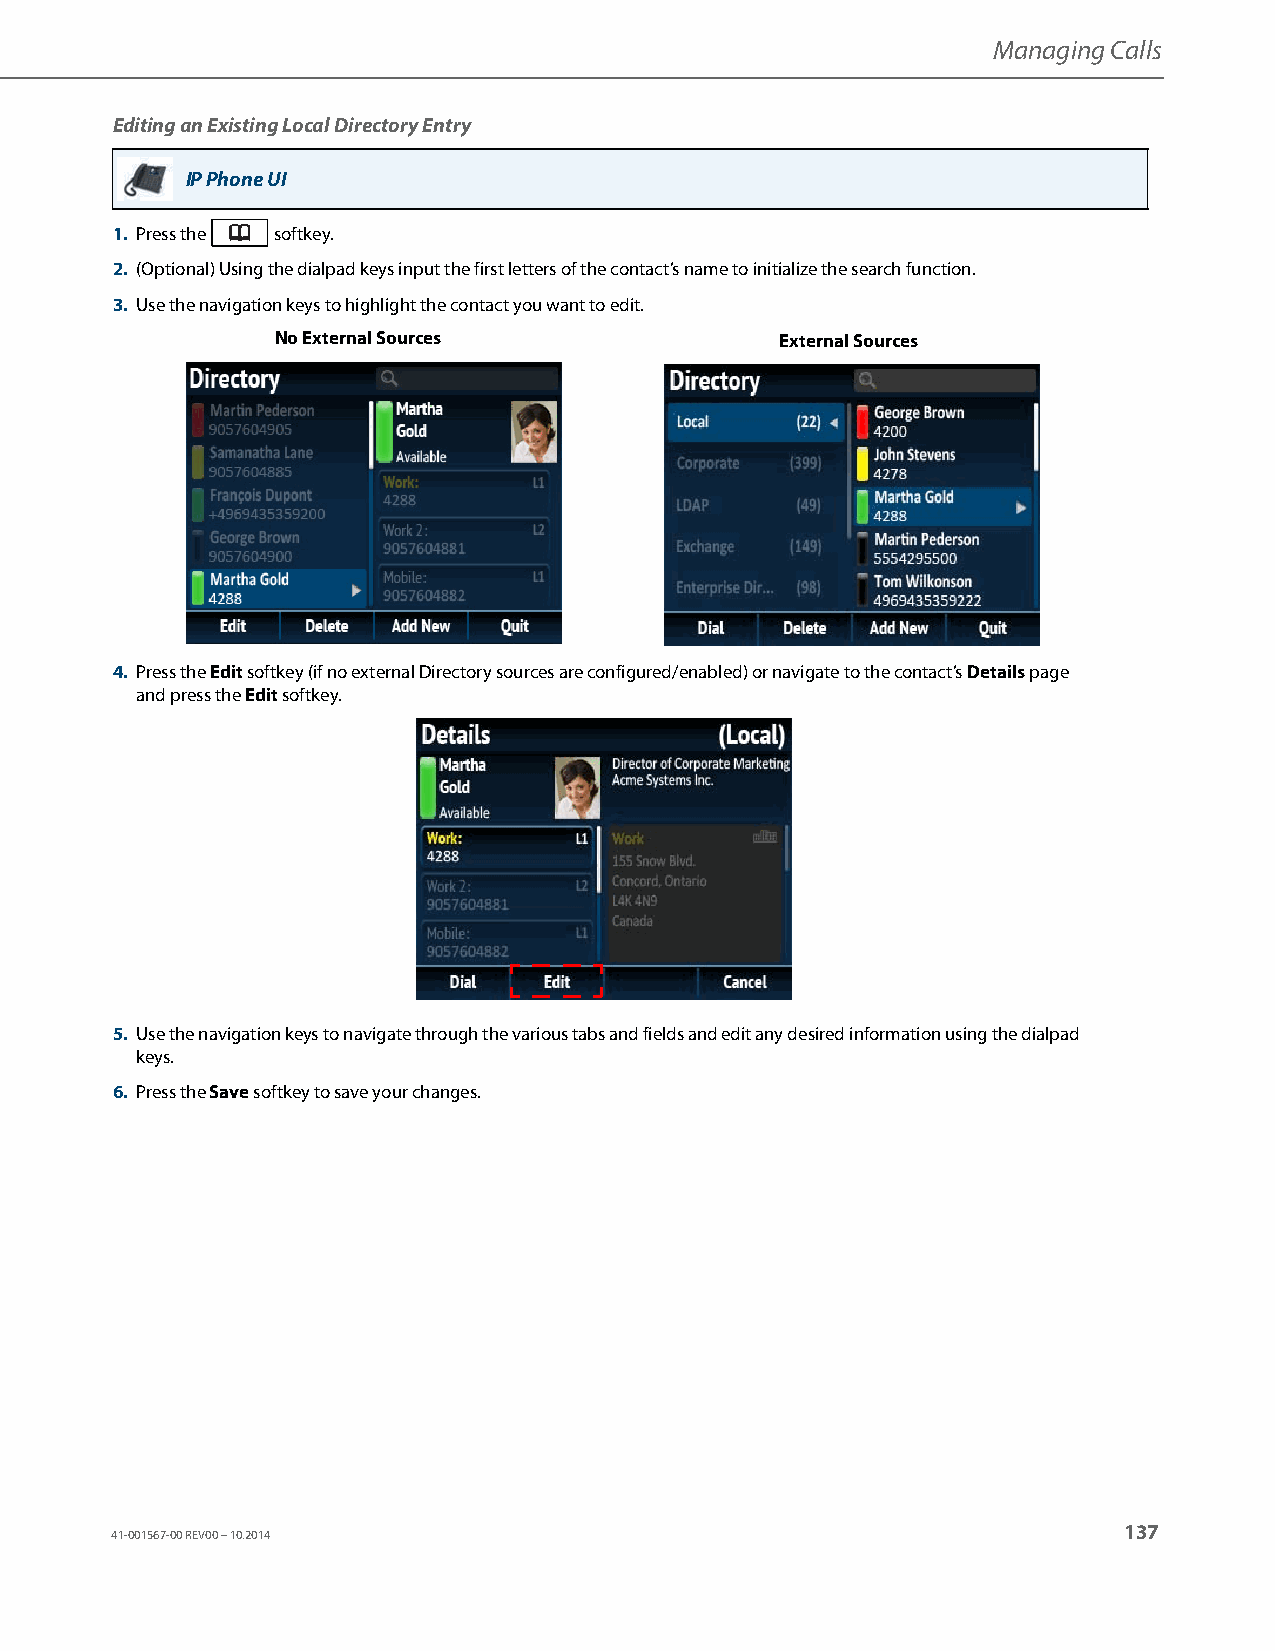
Managing Calls
 Editing an Existing Local Directory Entry
 IP Phone UI
 1. Press the softkey.
 2. (Optional) Using the dialpad keys input the first letters of the contact’s name to initialize the search function.
 3. Use the navigation keys to highlight the contact you want to edit.
 No External Sources               External Sources
 4. Press the Edit softkey (if no external Directory sources are configured/enabled) or navigate to the contact’s Details page
 and press the Edit softkey.
 5. Use the navigation keys to navigate through the various tabs and fields and edit any desired information using the dialpad
 keys.
 6. Press the Save softkey to save your changes.
 137
 41-001567-00 REV00 – 10.2014